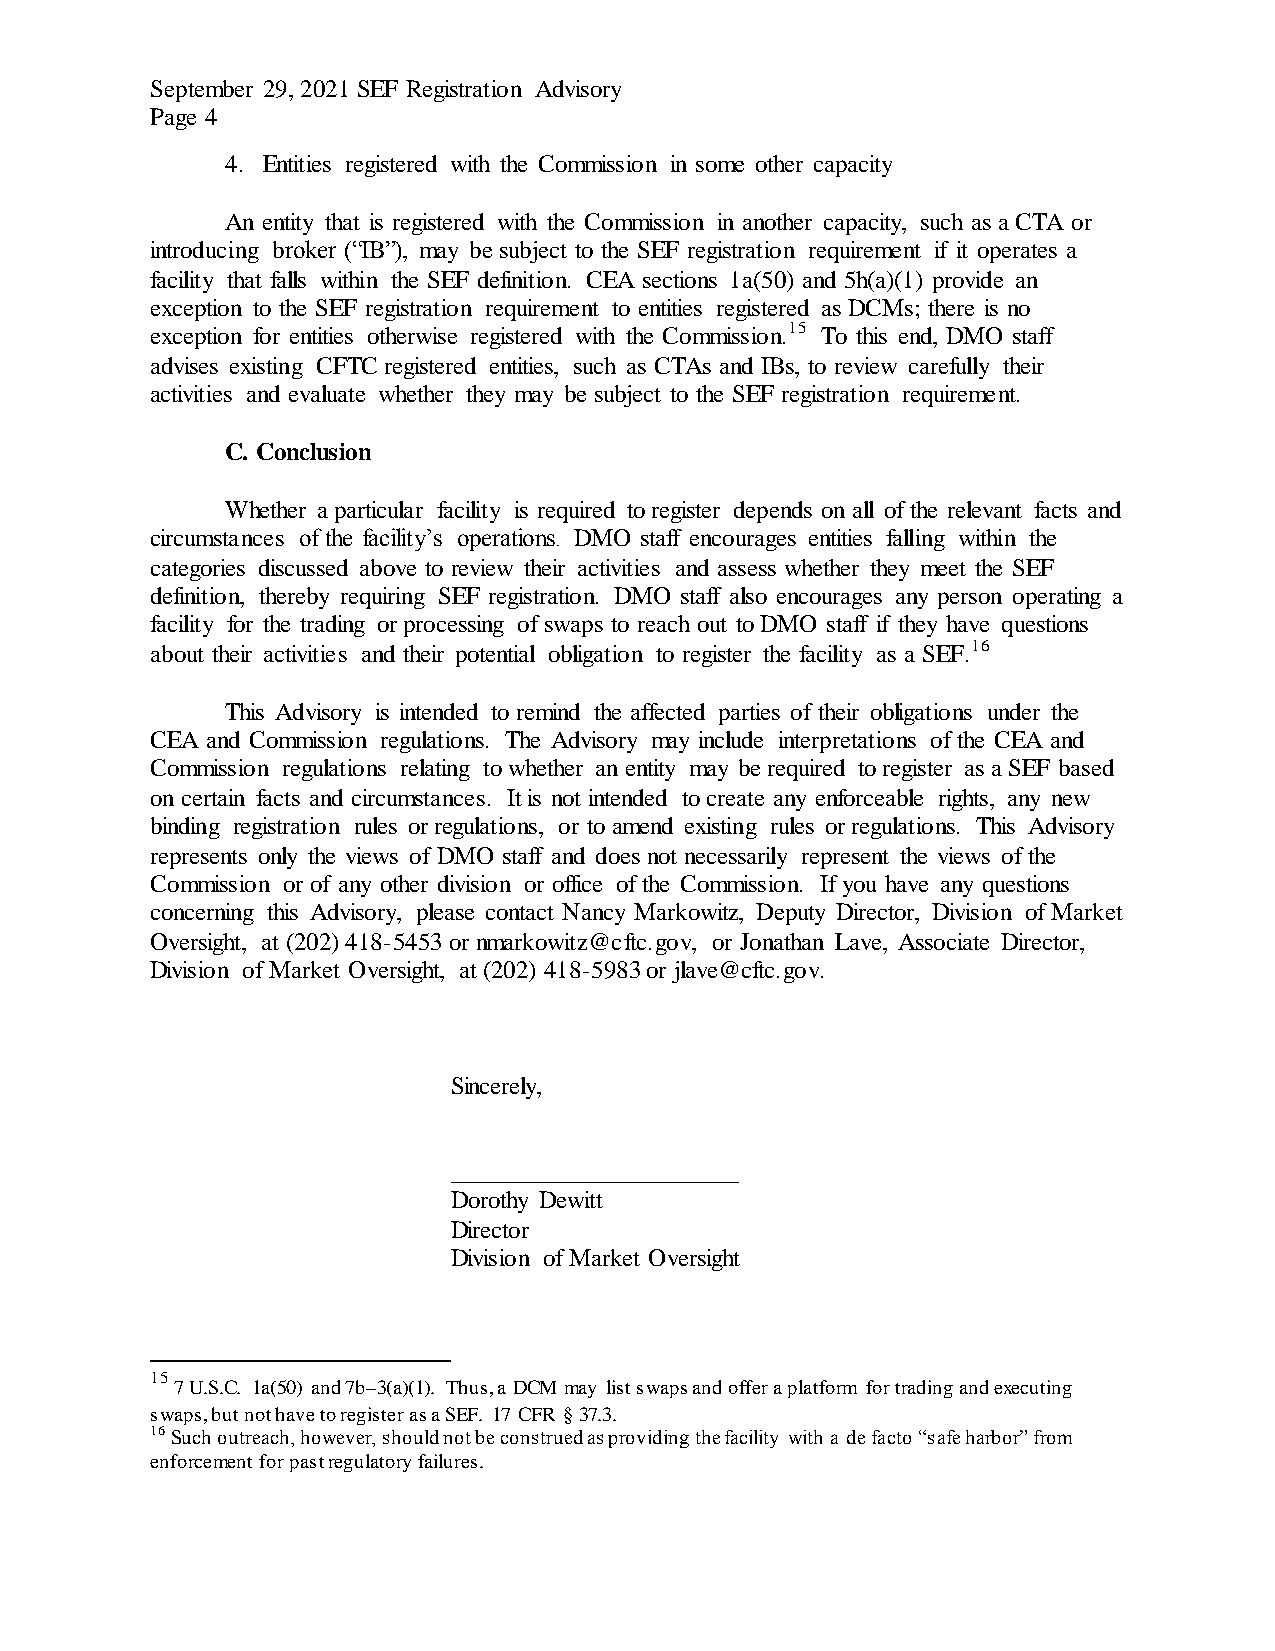
September 29, 2021 SEF Registration Advisory
 Page 4
 4. Entities registered with the Commission in some other capacity
 An entity that is registered with the Commission in another capacity, such as a CTA or
 introducing broker (“IB”), may be subject to the SEF registration requirement if it operates a
 facility that falls within the SEF definition. CEA sections 1a(50) and 5h(a)(1) provide an
 exception to the SEF registration requirement to entities registered as DCMs; there is no
 exception for entities otherwise registered with the Commission.15 To this end, DMO staff
 advises existing CFTC registered entities, such as CTAs and IBs, to review carefully their
 activities and evaluate whether they may be subject to the SEF registration requirement.
 C. Conclusion
 Whether a particular facility is required to register depends on all of the relevant facts and
 circumstances of the facility’s operations. DMO staff encourages entities falling within the
 categories discussed above to review their activities and assess whether they meet the SEF
 definition, thereby requiring SEF registration. DMO staff also encourages any person operating a
 facility for the trading or processing of swaps to reach out to DMO staff if they have questions
 about their activities and their potential obligation to register the facility as a SEF.16
 This Advisory is intended to remind the affected parties of their obligations under the
 CEA and Commission regulations. The Advisory may include interpretations of the CEA and
 Commission regulations relating to whether an entity may be required to register as a SEF based
 on certain facts and circumstances. It is not intended to create any enforceable rights, any new
 binding registration rules or regulations, or to amend existing rules or regulations. This Advisory
 represents only the views of DMO staff and does not necessarily represent the views of the
 Commission or of any other division or office of the Commission. If you have any questions
 concerning this Advisory, please contact Nancy Markowitz, Deputy Director, Division of Market
 Oversight, at (202) 418-5453 or nmarkowitz@cftc.gov, or Jonathan Lave, Associate Director,
 Division of Market Oversight, at (202) 418-5983 or jlave@cftc.gov.
 Sincerely,
 _______________________
 Dorothy Dewitt
 Director
 Division of Market Oversight
 15
 7 U.S.C. 1a(50) and 7b–3(a)(1). Thus, a DCM may list swaps and offer a platform for trading and executing
 swaps, but not have to register as a SEF. 17 CFR § 37.3.
 16 Such outreach, however, should not be construed as providing the facility with a de facto “safe harbor” from
 enforcement for past regulatory failures.